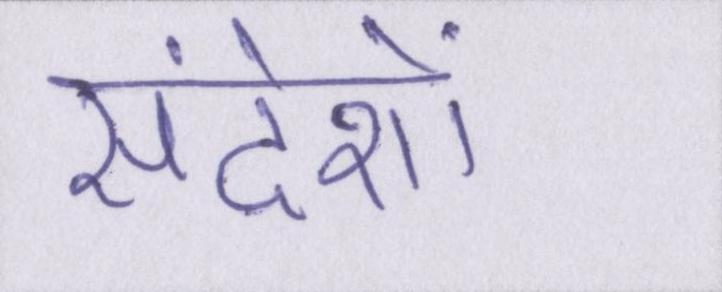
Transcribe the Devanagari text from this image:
संदेशों